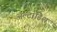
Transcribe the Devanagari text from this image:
अल्टाडिश